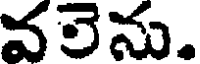
వలెను.